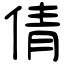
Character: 倩